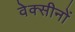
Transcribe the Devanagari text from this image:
वेक्सीनों